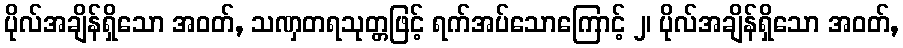
ပိုလ်အချိန်ရှိသော အဝတ်, သဏှတရသုတ္တဖြင့် ရက်အပ်သောကြောင့် ၂၊ ပိုလ်အချိန်ရှိသော အဝတ်,